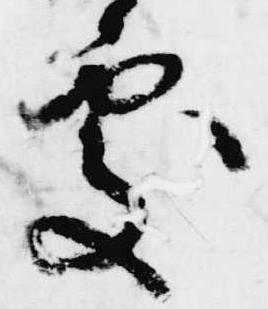
処